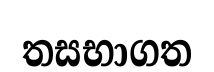
තසභාගත